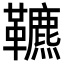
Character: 𩍶